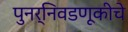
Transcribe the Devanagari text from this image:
पुनर्निवडणूकीचे